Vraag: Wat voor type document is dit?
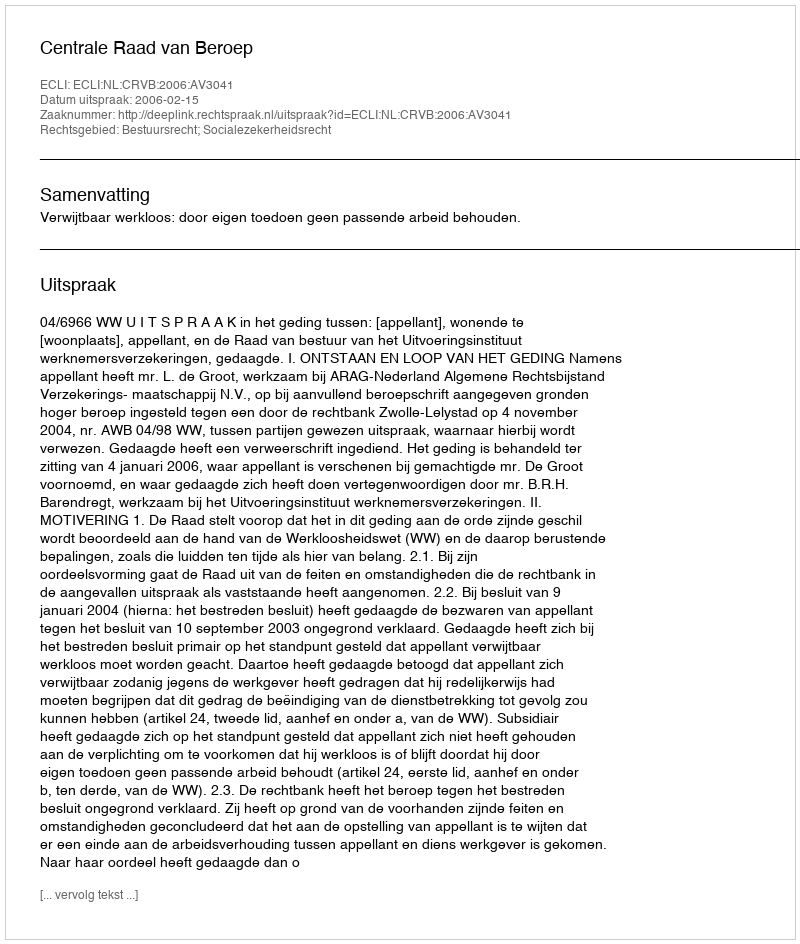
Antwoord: Uitspraak